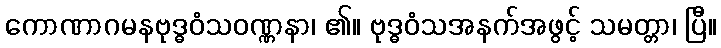
ကောဏာဂမနဗုဒ္ဓဝံသဝဏ္ဏနာ၊ ၏။ ဗုဒ္ဓဝံသအနက်အဖွင့် သမတ္တာ၊ ပြီ။